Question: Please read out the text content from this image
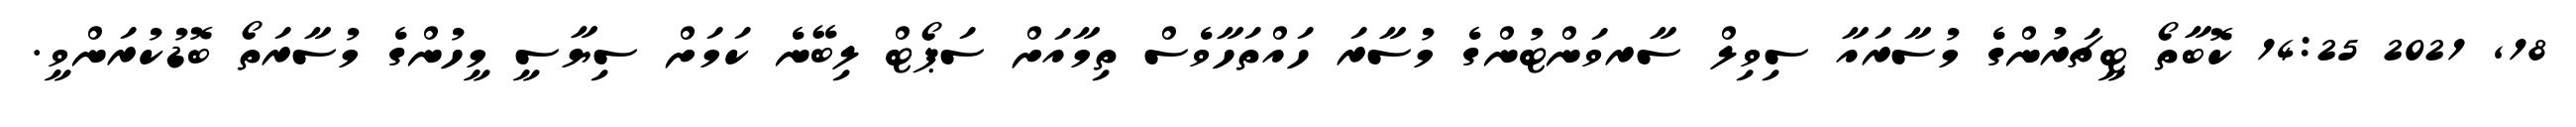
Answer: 18, 2021 14:25 ކޮބާތޯ ޓީޗަރުންގެ މުސާރައާ ސިވިލް ސާރވަންޓުންގެ މުސާރަ ހައްތަހާވެސް ތިމާއަށް ސަޕޯޓް ލިބޭނެ ކަމަށް ސިޔާސީ މީހުންގެ މުސާރަތޯ ބޮޑުކުރަންވީ.